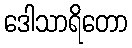
ဒေါသာရိတော